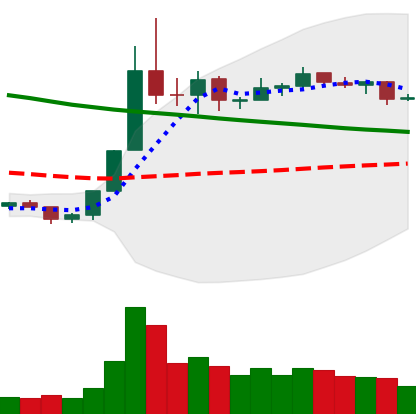
Ticker: NEO-USD
Chart end date: 2019-11-09
Forward return: 18.949%
Label: up_7plus